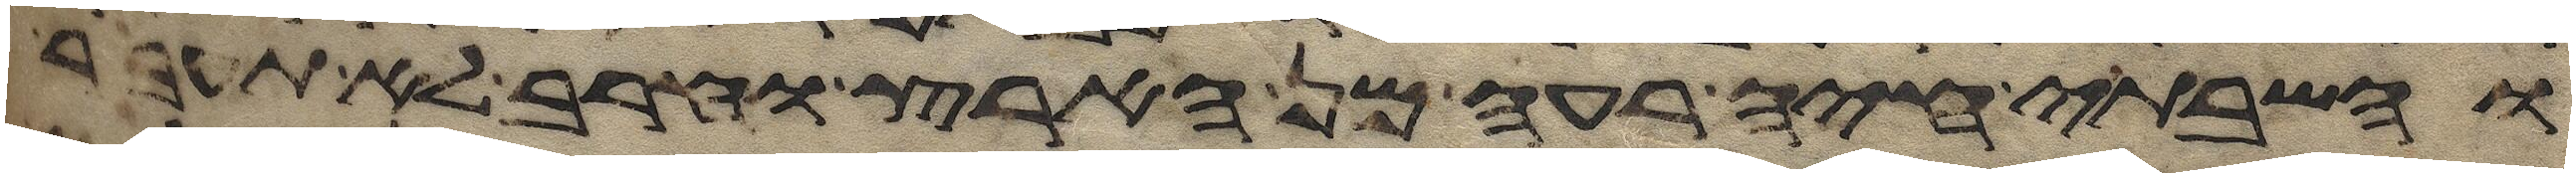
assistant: והשבתי חיה רעה מן הארץ וחרב לא תעבר